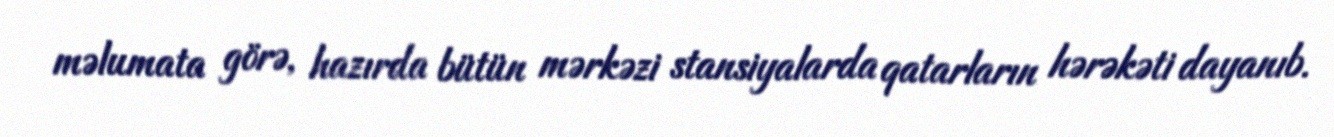
məlumata görə, hazırda bütün mərkəzi stansiyalarda qatarların hərəkəti dayanıb.